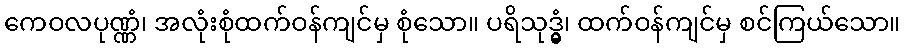
ကေဝလပုဏ္ဏံ၊ အလုံးစုံထက်ဝန်ကျင်မှ စုံသော။ ပရိသုဒ္ဓွံ၊ ထက်ဝန်ကျင်မှ စင်ကြယ်သော။